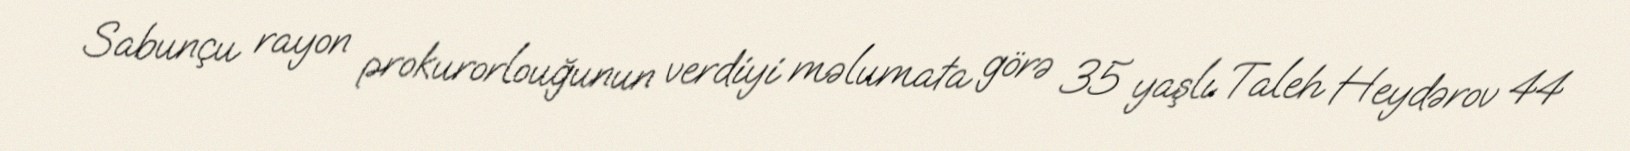
Sabunçu rayon prokurorlouğunun verdiyi məlumata görə 35 yaşlı Taleh Heydərov 44